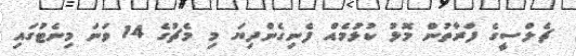
ޗެލްސީގެ ފަރާތުން މޮޅު ކުޅުމެއް ފެނިގެންދިޔަ މި މެޗުގެ 14 ވަނަ މިނެޓުގައި